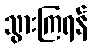
သွားကြရန်